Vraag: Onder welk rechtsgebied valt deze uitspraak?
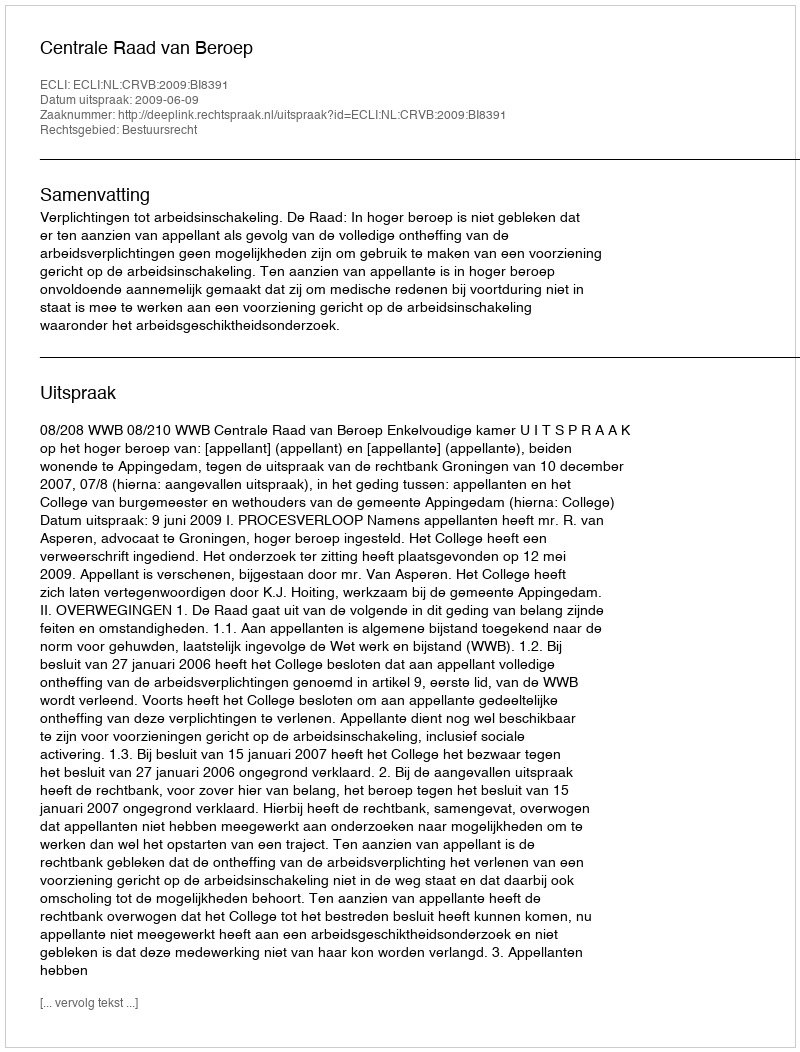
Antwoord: Bestuursrecht